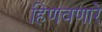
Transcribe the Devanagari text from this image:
हिणवणारे